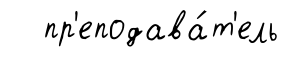
пр'еподава́т'ель